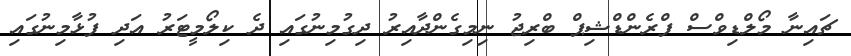
ޗައިނާ މޯލްޑިވްސް ފްރެންޑްޝިޕް ބްރިޖު ނިމިގެންދާއިރު ދިގުމިނުގައި ދެ ކިލޯމީޓަރު އަދި ފުޅާމިނުގައި